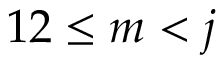
1 2 \leq m < j